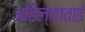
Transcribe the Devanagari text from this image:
अहिल्याताई